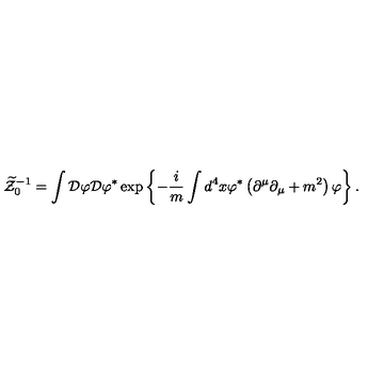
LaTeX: \widetilde { { \cal Z } } _ { 0 } ^ { - 1 } = \int { \cal D } \varphi { \cal D } \varphi ^ { \ast } \exp \left\{ - \frac { i } { m } \int d ^ { 4 } x \varphi ^ { \ast } \left( \partial ^ { \mu } \partial _ { \mu } + m ^ { 2 } \right) \varphi \right\} .